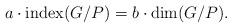
LaTeX: \begin{align*}a\cdot {\rm index}(G/P)= b \cdot \dim(G/P).\end{align*}